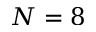
N = 8